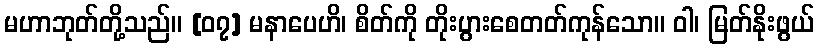
မဟာဘုတ်တို့သည်။ [၀၇] မနာပေဟိ၊ စိတ်ကို တိုးပွားစေတတ်ကုန်သော။ ဝါ၊ မြတ်နိုးဖွယ်